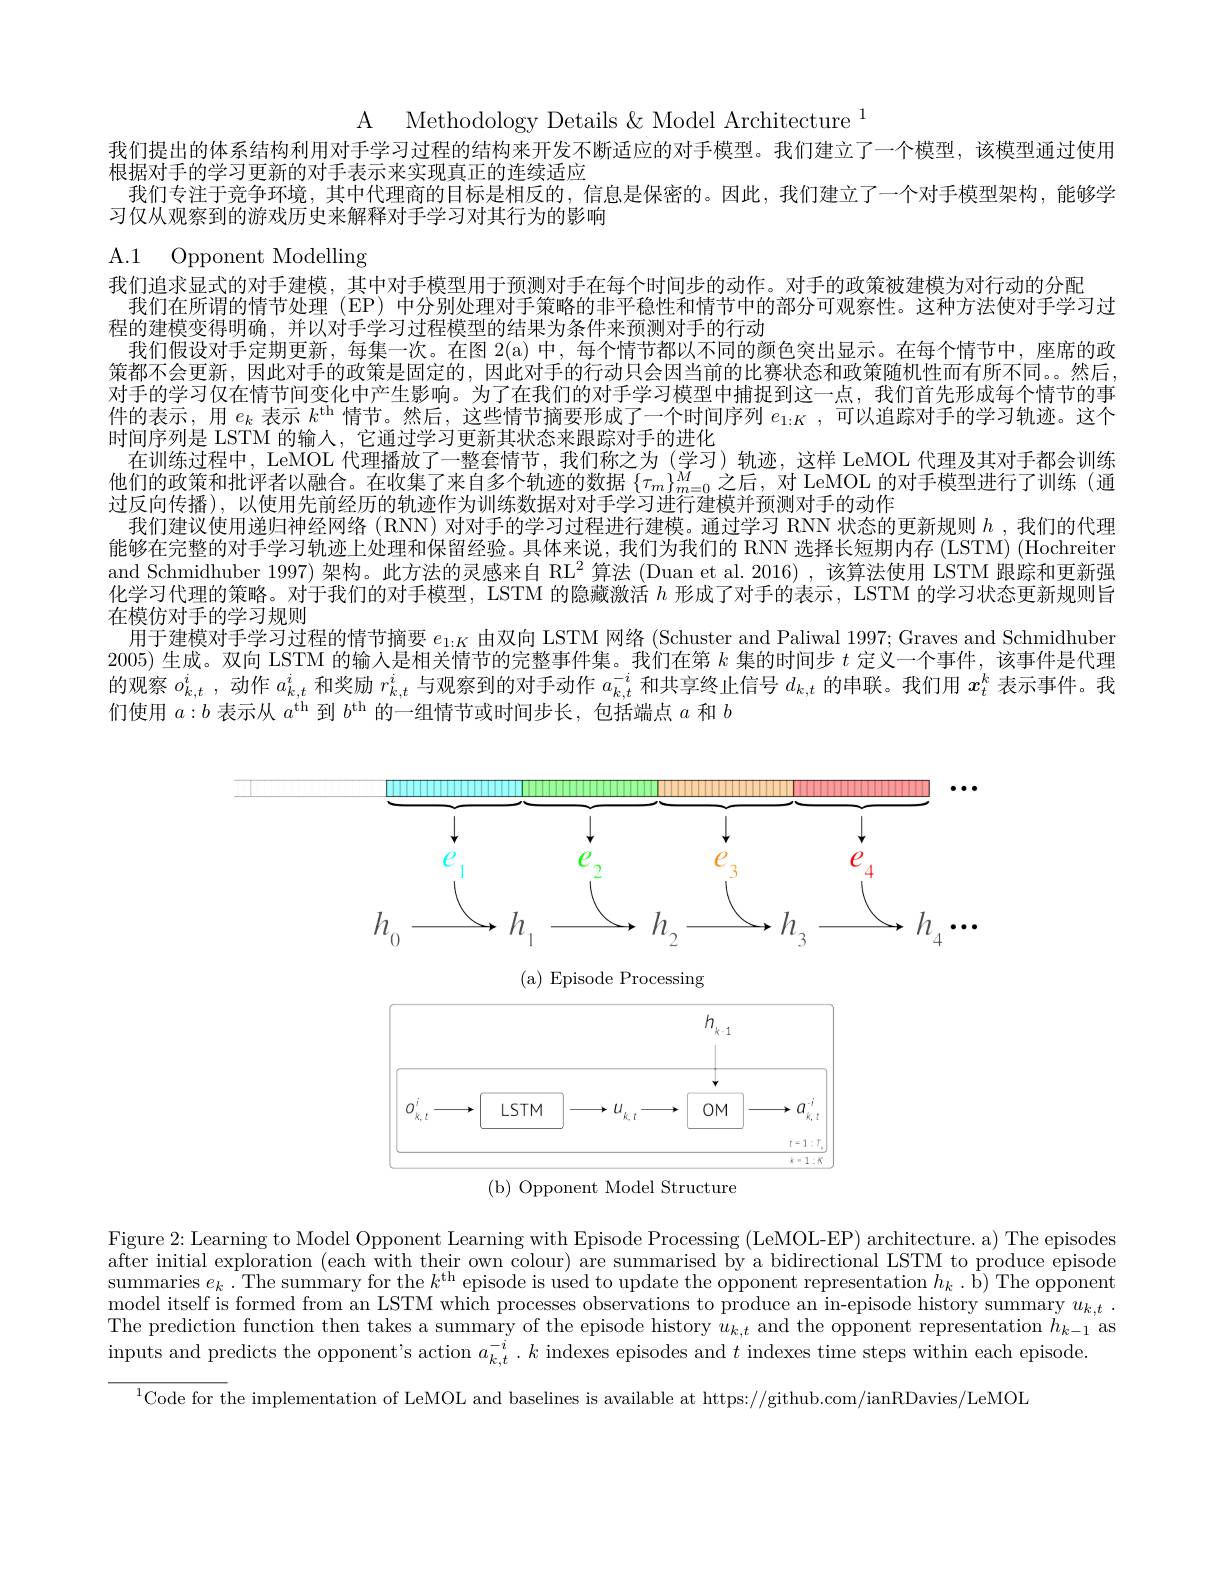
A Methodology Details & Model Architecture $^{1}$
我们提出的体系结构利用对手学习过程的结构来开发不断适应的对手模型。我们建立了一个模型，该模型通过使用
根据对手的学习更新的对手表示来实现真正的连续适应
我们专注于竞争环境，其中代理商的目标是相反的，信息是保密的。因此，我们建立了一个对手模型架构，能够学
习仅从观察到的游戏历史来解释对手学习对其行为的影响

A.1 Opponent Modelling

我们追求显式的对手建模，其中对手模型用于预测对手在每个时间步的动作。对手的政策被建模为对行动的分配
我们在所谓的情节处理(EP) 中分别处理对手策略的非平稳性和情节中的部分可观察性。这种方法使对手学习过
程的建模变得明确，并以对手学习过程模型的结果为条件来预测对手的行动
我们假设对手定期更新，每集一次。在图 2(a) 中，每个情节都以不同的颜色突出显示。在每个情节中，座席的政策都不会更新，因此对手的政策是固定的，因此对手的行动只会因当前的比赛状态和政策随机性而有所不同。然后对手的学习仅在情节间变化中产生影响。为了在我们的对手学习模型中捕捉到这一点，我们首先形成每个情节的事件的表示，用$e_k$表示$k^\mathrm{th}$情节。然后，这些情节摘要形成了一个时间序列$e_{1:K}$,可以追踪对手的学习轨迹。这个时间序列是 LSTM 的输人，它通过学习更新其状态来跟踪对手的进化
在训练过程中，LeMOL 代理播放了一整套情节，我们称之为 (学习) 轨迹，这样 LeMOL 代理及其对手都会训练他们的政策和批评者以融合。在收集了来自多个轨迹的数据$\{\tau_m\}_{m=0}^M$之后，对 LeMOL 的对手模型进行了训练 (通过反向传播),以使用先前经历的轨迹作为训练数据对对手学习进行建模并预测对手的动作
我们建议使用递归神经网络 (RNN) 对对手的学习过程进行建模。通过学习 RNN 状态的更新规则$h$ ,我们的代理能够在完整的对手学习轨迹上处理和保留经验。具体来说，我们为我们的 RNN 选择长短期内存 (LSTM) (Hochreiter and Schmidhuber 1997)架构。此方法的灵感来自 RL$^2$算法 (Duan et al. 2016),该算法使用 LSTM 跟踪和更新强化学习代理的策略。对于我们的对手模型，LSTM 的隐藏激活$h$形成了对手的表示，LSTM 的学习状态更新规则旨在模仿对手的学习规则
用于建模对手学习过程的情节摘要$e_1:K$由双向 LSTM 网络 (Schuster and Paliwal 1997; Graves and Schmidhuber 2005) 生成。双向 LSTM 的输入是相关情节的完整事件集。我们在第$k$集的时间步$t$定义一个事件，该事件是代理的观察$o_{k,t}^i$,动作$a_{k,t}^i$和奖励$r_{k,t}^i$与观察到的对手动作$a_{k,t}^{-i}$和共享终止信号$d_{k,t}$的串联。我们用$x_t^k$表示事件。我们使用$a:b$表示从$a^\mathrm{th}$到$b^\mathrm{th}$的一组情节或时间步长，包括端点$a$和$b$

<FigureHere>
(b) Opponent Model Structure

Figure 2: Learning to Model Opponent Learning with Episode Processing (LeMOL-EP) architecture. a) The episodes after initial exploration (each with their own colour) are summarised by a bidirectional LSTM to produce episode $\begin{aligned}\text{summaries }e_{k}.\text{The summary for the }k^{\mathrm{th}}\text{episode is used to update the opponent representation }h_{k}.\text{ b) The opponent}\end{aligned}$ $\begin{array} { c } \text{model itself is formed from an LSTM which processes observations to produce an in- episode history summary }\\ \\ \end{array} u_{k, t}$ . The prediction function then takes a summary of the episode history $u_k,t$ and the opponent representation $h_k-1$ as inputs and predicts the opponent's action $a_k,t^{-i}.k$ indexes episodes and $t$ indexes time steps within each episode.
$^{1}$Code for the implementation of LeMOL and baselines is available at https://github.com/ianRDavies/LeMOL